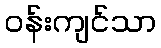
ဝန်းကျင်သာ